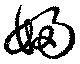
婦